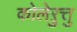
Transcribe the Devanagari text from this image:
कोलेऱुत्तु